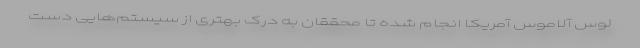
لوس آلاموس آمریکا انجام شده تا محققان به درک بهتری از سیستم‌هایی دست